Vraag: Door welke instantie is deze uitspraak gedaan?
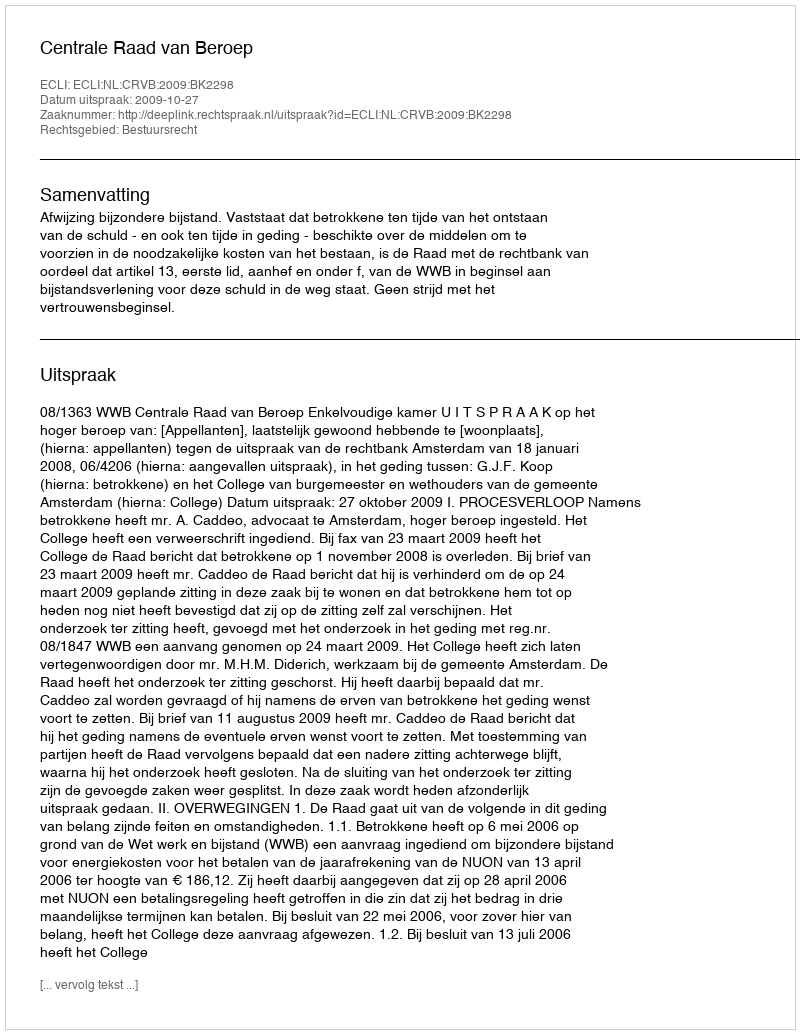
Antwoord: Centrale Raad van Beroep